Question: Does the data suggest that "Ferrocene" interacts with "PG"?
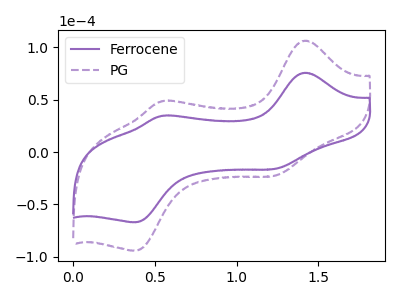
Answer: <think>The purple curve "Ferrocene" has anodic peaks at (1.40V, 75.65uA) (0.55V, 34.55uA) and cathodic peaks at (1.25V, -15.95uA) (0.40V, -66.95uA). The purple dashed curve "PG" has anodic peaks at (1.40V, 106.35uA) (0.55V, 48.55uA) and cathodic peaks at (1.25V, -22.40uA) (0.40V, -94.10uA).
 All the peaks in "Ferrocene" have a peak in "PG" at the same potential. Every peak in "Ferrocene" is lower than every peak in "PG".</think>
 <answer>No, "Ferrocene" and "PG" don't appear to be significantly different in shape</answer>
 <eval>no_change</eval>